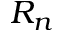
R _ { n }